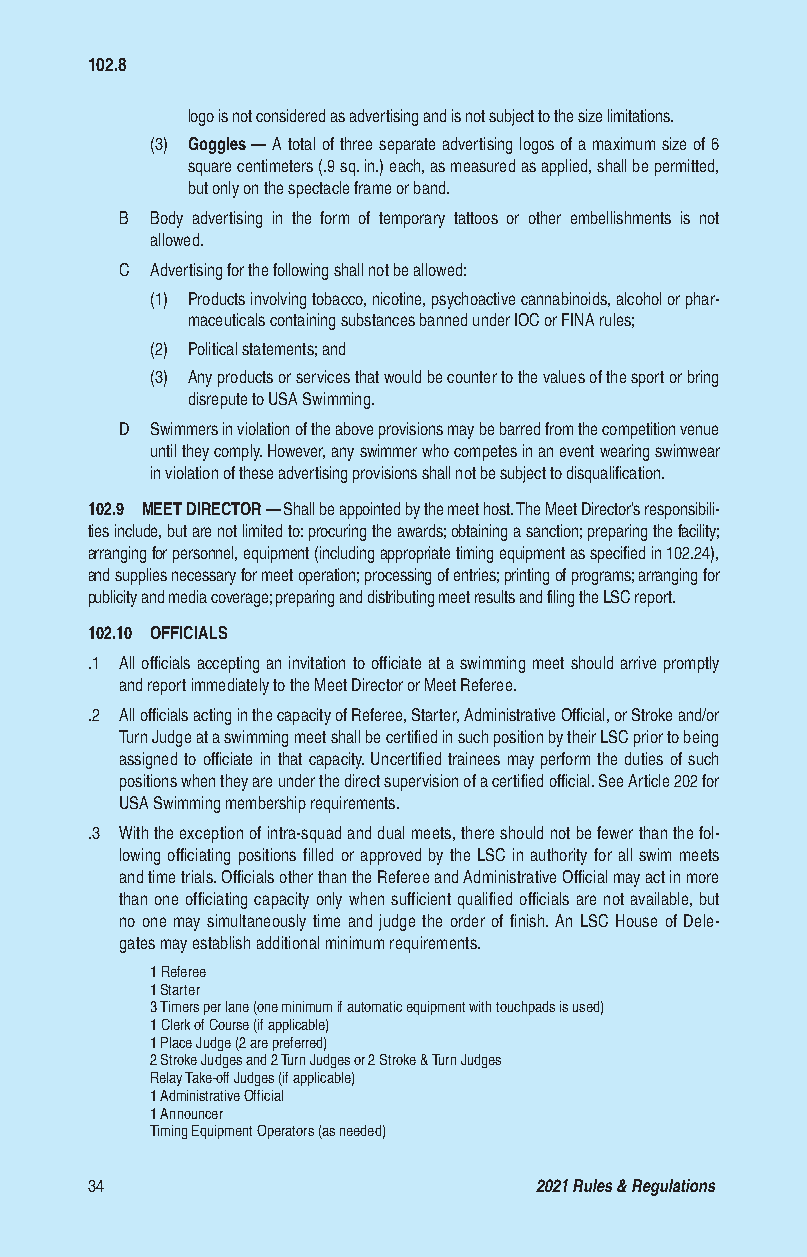
102.8
 logo is not considered as advertising and is not subject to the size limitations.
 (3) Goggles — A total of three separate advertising logos of a maximum size of 6
 square centimeters (.9 sq. in.) each, as measured as applied, shall be permitted,
 but only on the spectacle frame or band.
 B Body advertising in the form of temporary tattoos or other embellishments is not
 allowed.
 C Advertising for the following shall not be allowed:
 (1) Products involving tobacco, nicotine, psychoactive cannabinoids, alcohol or phar-
 maceuticals containing substances banned under IOC or FINA rules;
 (2) Political statements; and
 (3) Any products or services that would be counter to the values of the sport or bring
 disrepute to USA Swimming.
 D Swimmers in violation of the above provisions may be barred from the competition venue
 until they comply. However, any swimmer who competes in an event wearing swimwear
 in violation of these advertising provisions shall not be subject to disqualification.
 102.9 MEET DIRECTOR — Shall be appointed by the meet host. The Meet Director’s responsibili-
 ties include, but are not limited to: procuring the awards; obtaining a sanction; preparing the facility;
 arranging for personnel, equipment (including appropriate timing equipment as specified in 102.24),
 and supplies necessary for meet operation; processing of entries; printing of programs; arranging for
 publicity and media coverage; preparing and distributing meet results and filing the LSC report.
 102.10 OFFICIALS
 .1 All officials accepting an invitation to officiate at a swimming meet should arrive promptly
 and report immediately to the Meet Director or Meet Referee.
 .2 All officials acting in the capacity of Referee, Starter, Administrative Official, or Stroke and/or
 Turn Judge at a swimming meet shall be certified in such position by their LSC prior to being
 assigned to officiate in that capacity. Uncertified trainees may perform the duties of such
 positions when they are under the direct supervision of a certified official. See Article 202 for
 USA Swimming membership requirements.
 .3 With the exception of intra-squad and dual meets, there should not be fewer than the fol-
 lowing officiating positions filled or approved by the LSC in authority for all swim meets
 and time trials. Officials other than the Referee and Administrative Official may act in more
 than one officiating capacity only when sufficient qualified officials are not available, but
 no one may simultaneously time and judge the order of finish. An LSC House of Dele-
 gates may establish additional minimum requirements.
 1 Referee
 1 Starter
 3 Timers per lane (one minimum if automatic equipment with touchpads is used)
 1 Clerk of Course (if applicable)
 1 Place Judge (2 are preferred)
 2 Stroke Judges and 2 Turn Judges or 2 Stroke & Turn Judges
 Relay Take-off Judges (if applicable)
 1 Administrative Official
 1 Announcer
 Timing Equipment Operators (as needed)
 34                           2021 Rules & Regulations